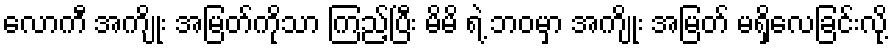
လောကီ အကျိုး အမြတ်ကိုသာ ကြည့်ပြီး မိမိ ရဲ့ ဘဝမှာ အကျိုး အမြတ် မရှိလေခြင်းလို့